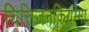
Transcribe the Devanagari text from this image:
चित्तिजनकियम्मा